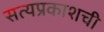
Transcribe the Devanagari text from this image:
सत्यप्रकाशची